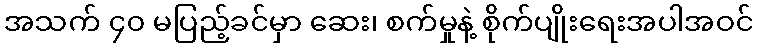
အသက် ၄၀ မပြည့်ခင်မှာ ဆေး၊ စက်မှုနဲ့ စိုက်ပျိုးရေးအပါအဝင်